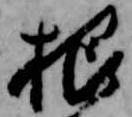
根